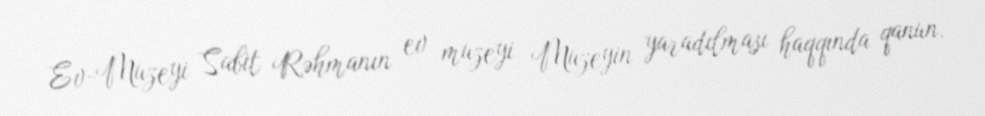
Ev-Muzeyi Sabit Rəhmanın ev muzeyi Muzeyin yaradılması haqqında qanun.